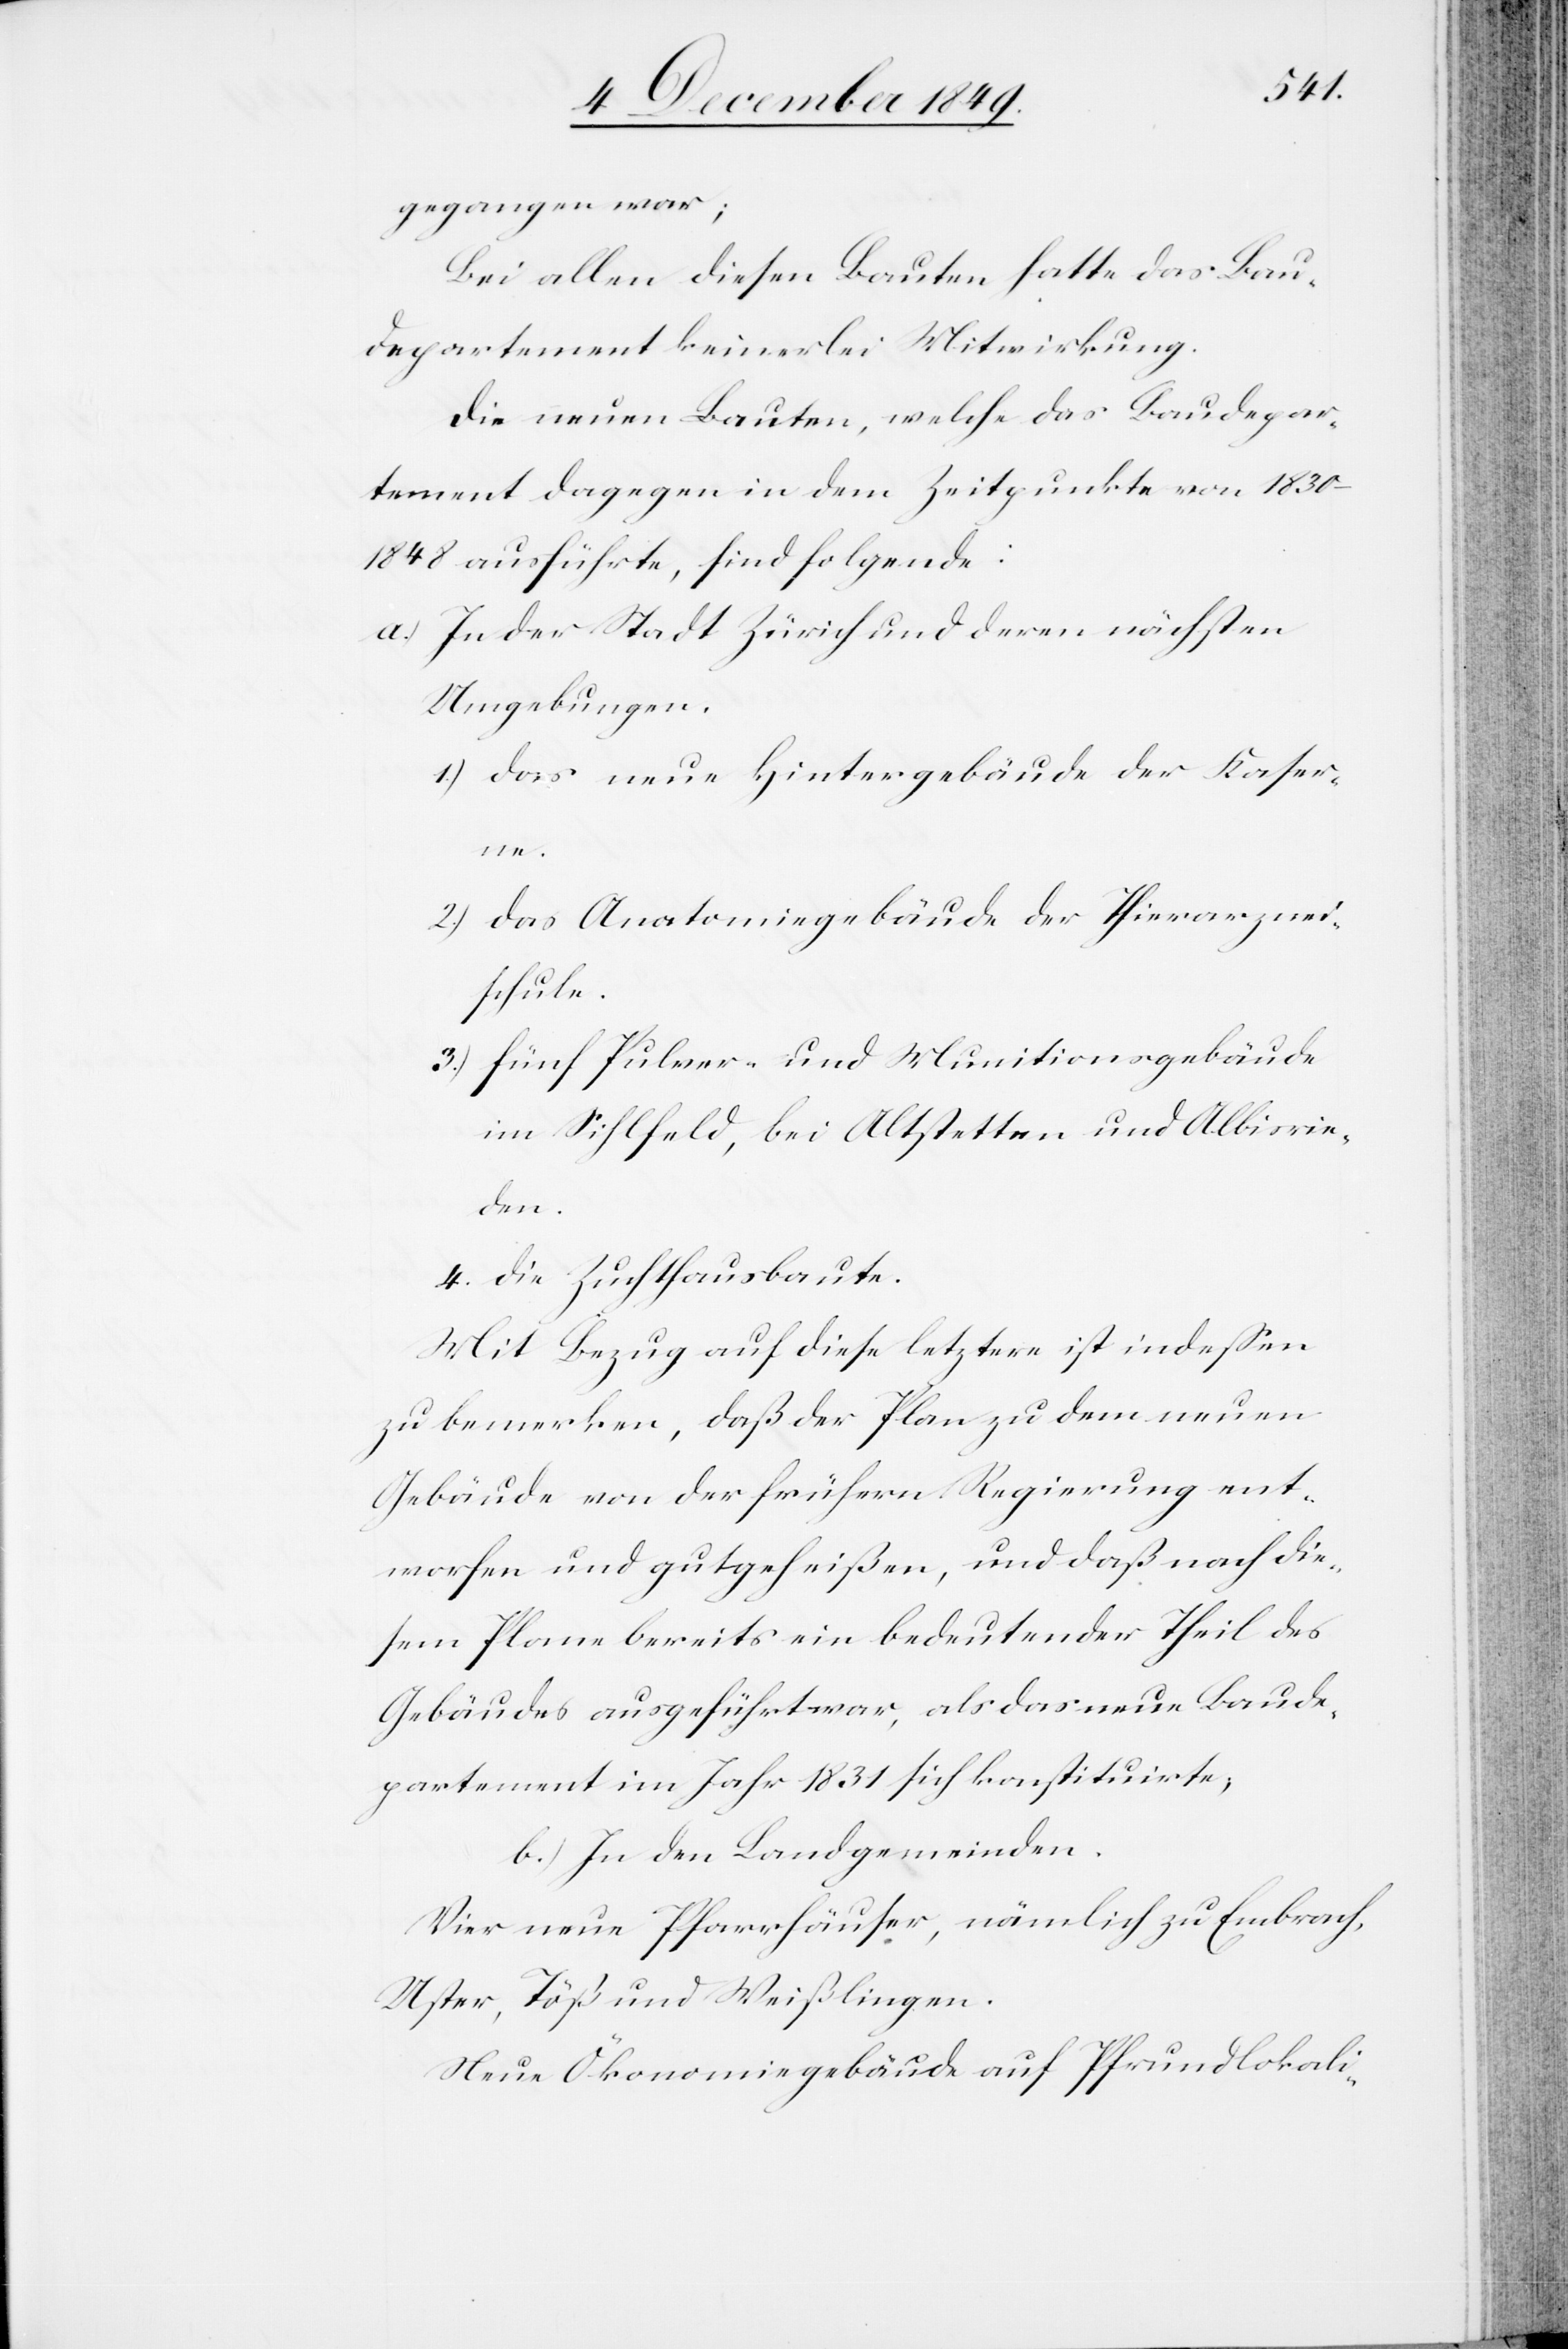
gegangen war;
Bei allen diesen Bauten hatte das Bau¬
departement keinerlei Mitwirkung.
Die neuen Bauten, welche das Baudepar¬
tement dagegen in dem Zeitpunkte von 1830–1848
ausführte, sind folgende:
a.) In der Stadt Zürich und deren nächsten
Umgebungen.
1.) das neue Hintergebäude der Kaser¬
ne.
2.) das Anatomiegebäude der Thierarznei¬
schule.
3.) fünf Pulver- und Munitionsgebäude
im Sihlfeld, bei Altstetten und Albisrie¬
den.
4. Die Zuchthausbaute.
Mit Bezug auf diese letztere ist indeßen
zu bemerken, daß der Plan zu dem neuen
Gebäude von der frühern Regierung ent¬
worfen und gutgeheißen, und daß nach die¬
sem Plane bereits ein bedeutender Theil des
Gebäudes ausgeführt war, als das neue Baude¬
partement im Jahr 1831 sich konstituirte;
b.) In den Landgemeinden.
Vier neue Pfarrhäuser, nämlich zu Embrach,
Uster, Töß und Weißlingen.
Neue Ökonomiegebäude auf Pfrundlokali-